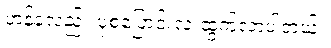
ဟန်နဲ့လည်း ပုံစံပြောင်းလဲ ထွက်လာပါတယ်။